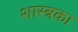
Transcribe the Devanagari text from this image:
शास्त्रका